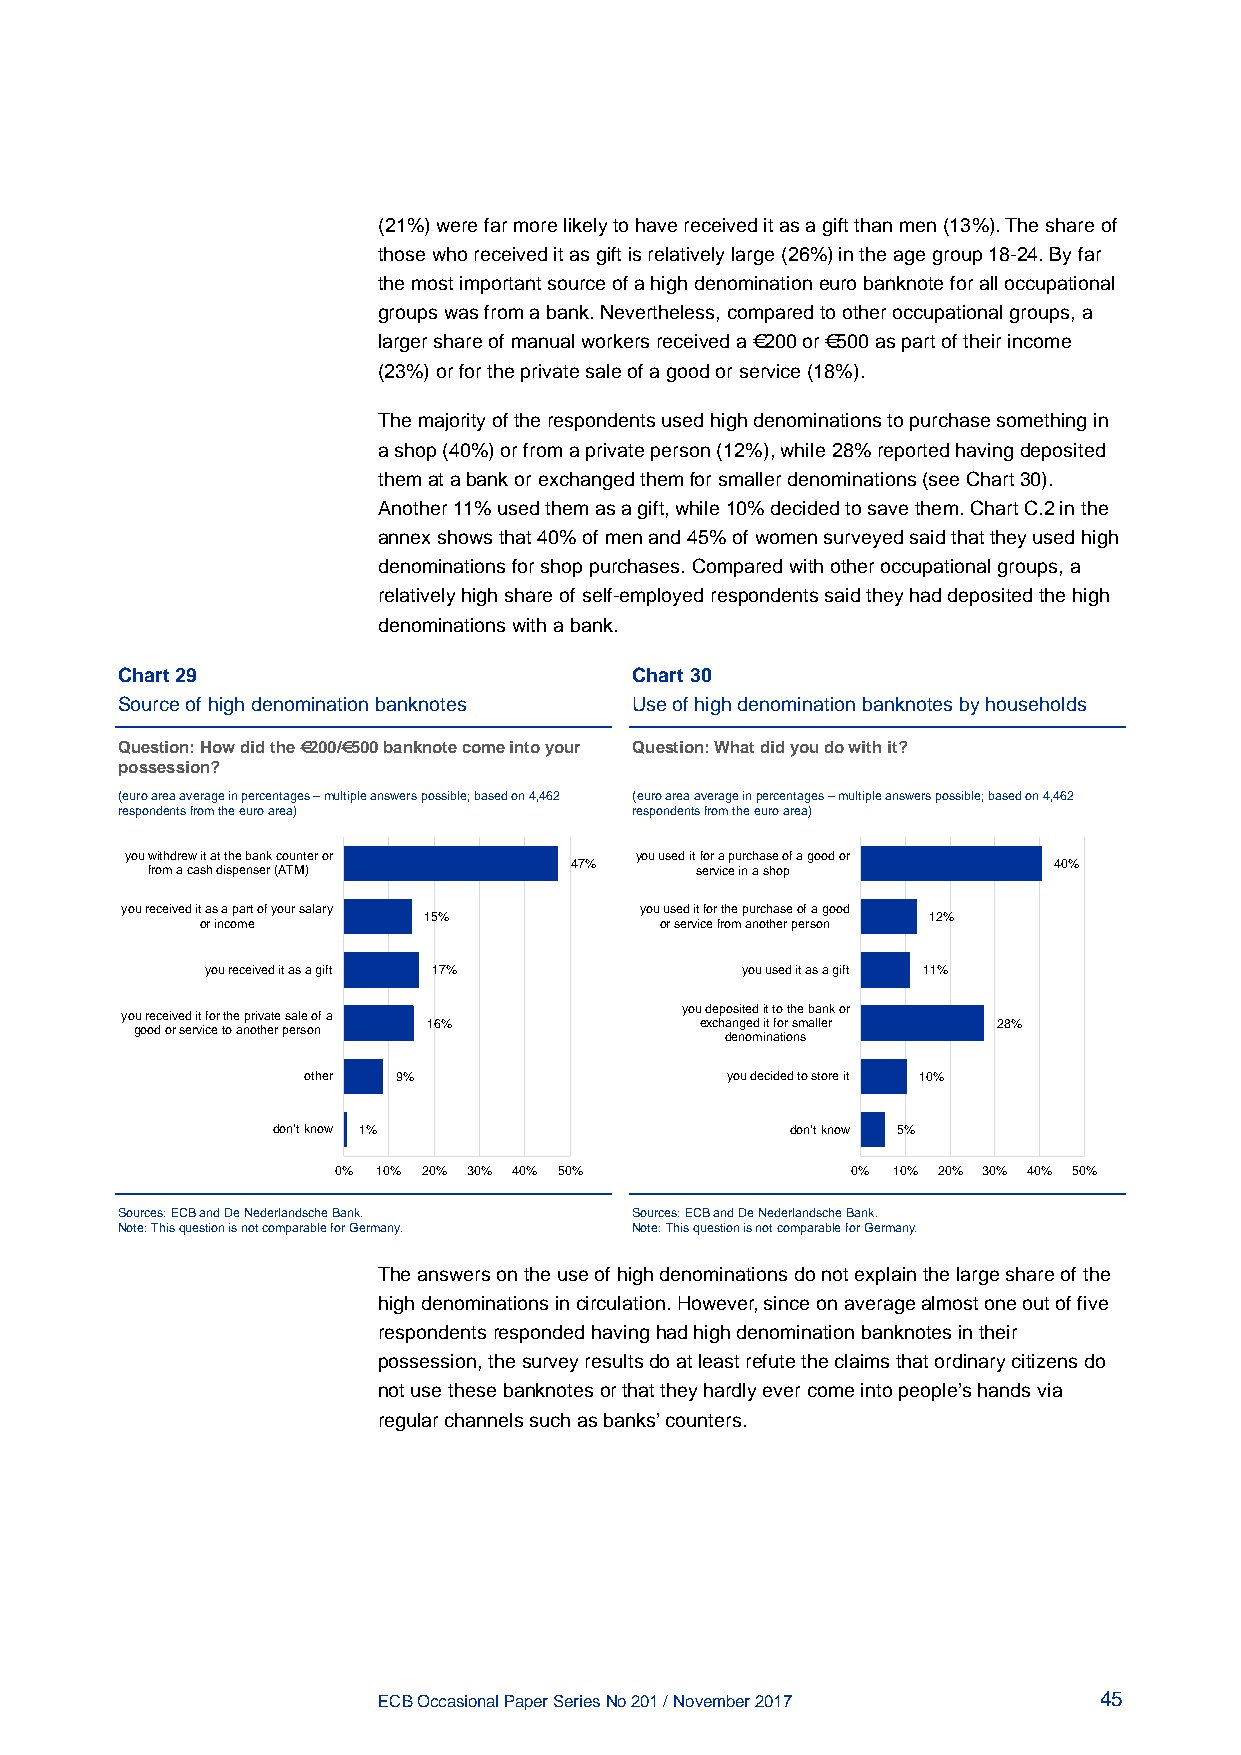
(21%) were far more likely to have received it as a gift than men (13%). The share of
 those who received it as gift is relatively large (26%) in the age group 18-24. By far
 the most important source of a high denomination euro banknote for all occupational
 groups was from a bank. Nevertheless, compared to other occupational groups, a
 larger share of manual workers received a €200 or €500 as part of their income
 (23%) or for the private sale of a good or service (18%).
 The majority of the respondents used high denominations to purchase something in
 a shop (40%) or from a private person (12%), while 28% reported having deposited
 them at a bank or exchanged them for smaller denominations (see Chart 30).
 Another 11% used them as a gift, while 10% decided to save them. Chart C.2 in the
 annex shows that 40% of men and 45% of women surveyed said that they used high
 denominations for shop purchases. Compared with other occupational groups, a
 relatively high share of self-employed respondents said they had deposited the high
 denominations with a bank.
 Chart 29                          Chart 30
 Source of high denomination banknotes Use of high denomination banknotes by households
 Question: How did the €200/€500 banknote come into your Question: What did you do with it?
 possession?
 (euro area average in percentages – multiple answers possible; based on 4,462 (euro area average in percentages – multiple answers possible; based on 4,462
 respondents from the euro area)   respondents from the euro area)
 you withdrew it at the bank counter or you used it for a purchase of a good or
 47%                             40%
 from a cash dispenser (ATM)         service in a shop
 you received it as a part of your salary you used it for the purchase of a good
 15%                              12%
 or income                      or service from another person
 you received it as a gift 17%      you used it as a gift 11%
 you deposited it to the bank or
 you received it for the private sale of a
 16%               exchanged it for smaller 28%
 good or service to another person
 denominations
 other 9%                    you decided to store it 10%
 don't know 1%                     don't know 5%
 0% 10% 20% 30% 40% 50%            0% 10% 20% 30% 40% 50%
 Sources: ECB and De Nederlandsche Bank. Sources: ECB and De Nederlandsche Bank.
 Note: This question is not comparable for Germany. Note: This question is not comparable for Germany.
 The answers on the use of high denominations do not explain the large share of the
 high denominations in circulation. However, since on average almost one out of five
 respondents responded having had high denomination banknotes in their
 possession, the survey results do at least refute the claims that ordinary citizens do
 not use these banknotes or that they hardly ever come into people’s hands via
 regular channels such as banks’ counters.
 ECB Occasional Paper Series No 201 / November 2017 45